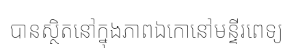
បានស្ថិតនៅក្នុងភាពឯកោនៅមន្ទីរពេទ្យ